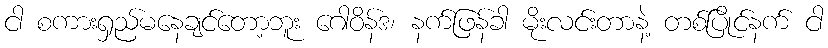
ငါ စကားရှည်မနေချင်တော့ဘူး ဂေါဝိန်ဒ၊ နက်ဖြန်ခါ မိုးလင်းတာနဲ့ တစ်ပြိုင်နက် ငါ